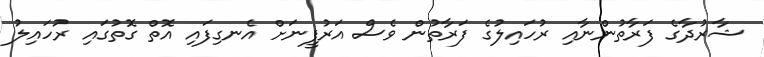
ޝާރުދާގެ ފަރާތުންނާއި ރުހައިލުގެ ފަރާތުން ވެސް އަރުފީނަށް އެނގިފައި އޮތް ގޮތުގައި ރުހައިލު